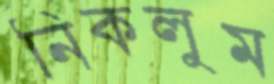
নিকলুম